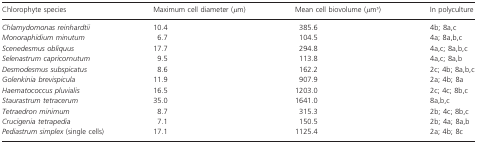
<table><thead><tr><td><b>Chlorophyte species</b></td><td><b>Maximum cell diameter (<i>μ</i>m)</b></td><td><b>Mean cell biovolume (<i>μ</i>m<sup>3</sup>)</b></td><td><b>In polyculture</b></td></tr></thead><tbody><tr><td><i>Chlamydomonas reinhardtii</i></td><td>10.4</td><td>385.6</td><td>4b; 8a,c</td></tr><tr><td><i>Monoraphidium minutum</i></td><td>6.7</td><td>104.5</td><td>4a; 8a,b,c</td></tr><tr><td><i>Scenedesmus obliquus</i></td><td>17.7</td><td>294.8</td><td>4a,c; 8a,b,c</td></tr><tr><td><i>Selenastrum capricornutum</i></td><td>9.5</td><td>113.8</td><td>4a,c; 8a,b</td></tr><tr><td><i>Desmodesmus subspicatus</i></td><td>8.6</td><td>162.2</td><td>2c; 4b; 8a,b,c</td></tr><tr><td><i>Golenkinia brevispicula</i></td><td>11.9</td><td>907.9</td><td>2a; 4b; 8a</td></tr><tr><td><i>Haematococcus pluvialis</i></td><td>16.5</td><td>1203.0</td><td>2c; 4c; 8b,c</td></tr><tr><td><i>Staurastrum tetracerum</i></td><td>35.0</td><td>1641.0</td><td>8a,b,c</td></tr><tr><td><i>Tetraedron minimum</i></td><td>8.7</td><td>315.3</td><td>2b; 4c; 8b,c</td></tr><tr><td><i>Crucigenia tetrapedia</i></td><td>7.1</td><td>150.5</td><td>2b; 4a; 8a,b</td></tr><tr><td><i>Pediastrum simplex</i> (single cells)</td><td>17.1</td><td>1125.4</td><td>2a; 4b; 8c</td></tr></tbody></table>